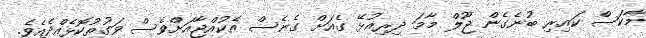
މާކަސް ކައިރި ބުނެގެން ޖޫލް މާމަ ދިރިއުޅޭ ގެއަށް ގެނެސް އެކުއްޖާއަށްވެސް ވަގުތުކޮޅެއްދެއެވެ.